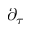
\partial _ { \tau }